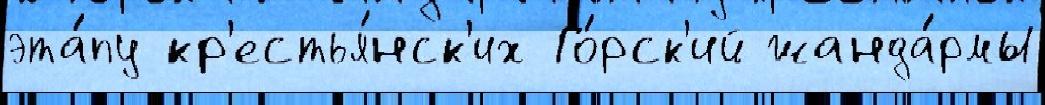
эта́пу кр'естья́нск'их Го́рск'ий жанда́рмы